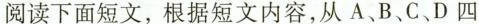
阅读下面短文,根据短文内容,从A、B、C、D四